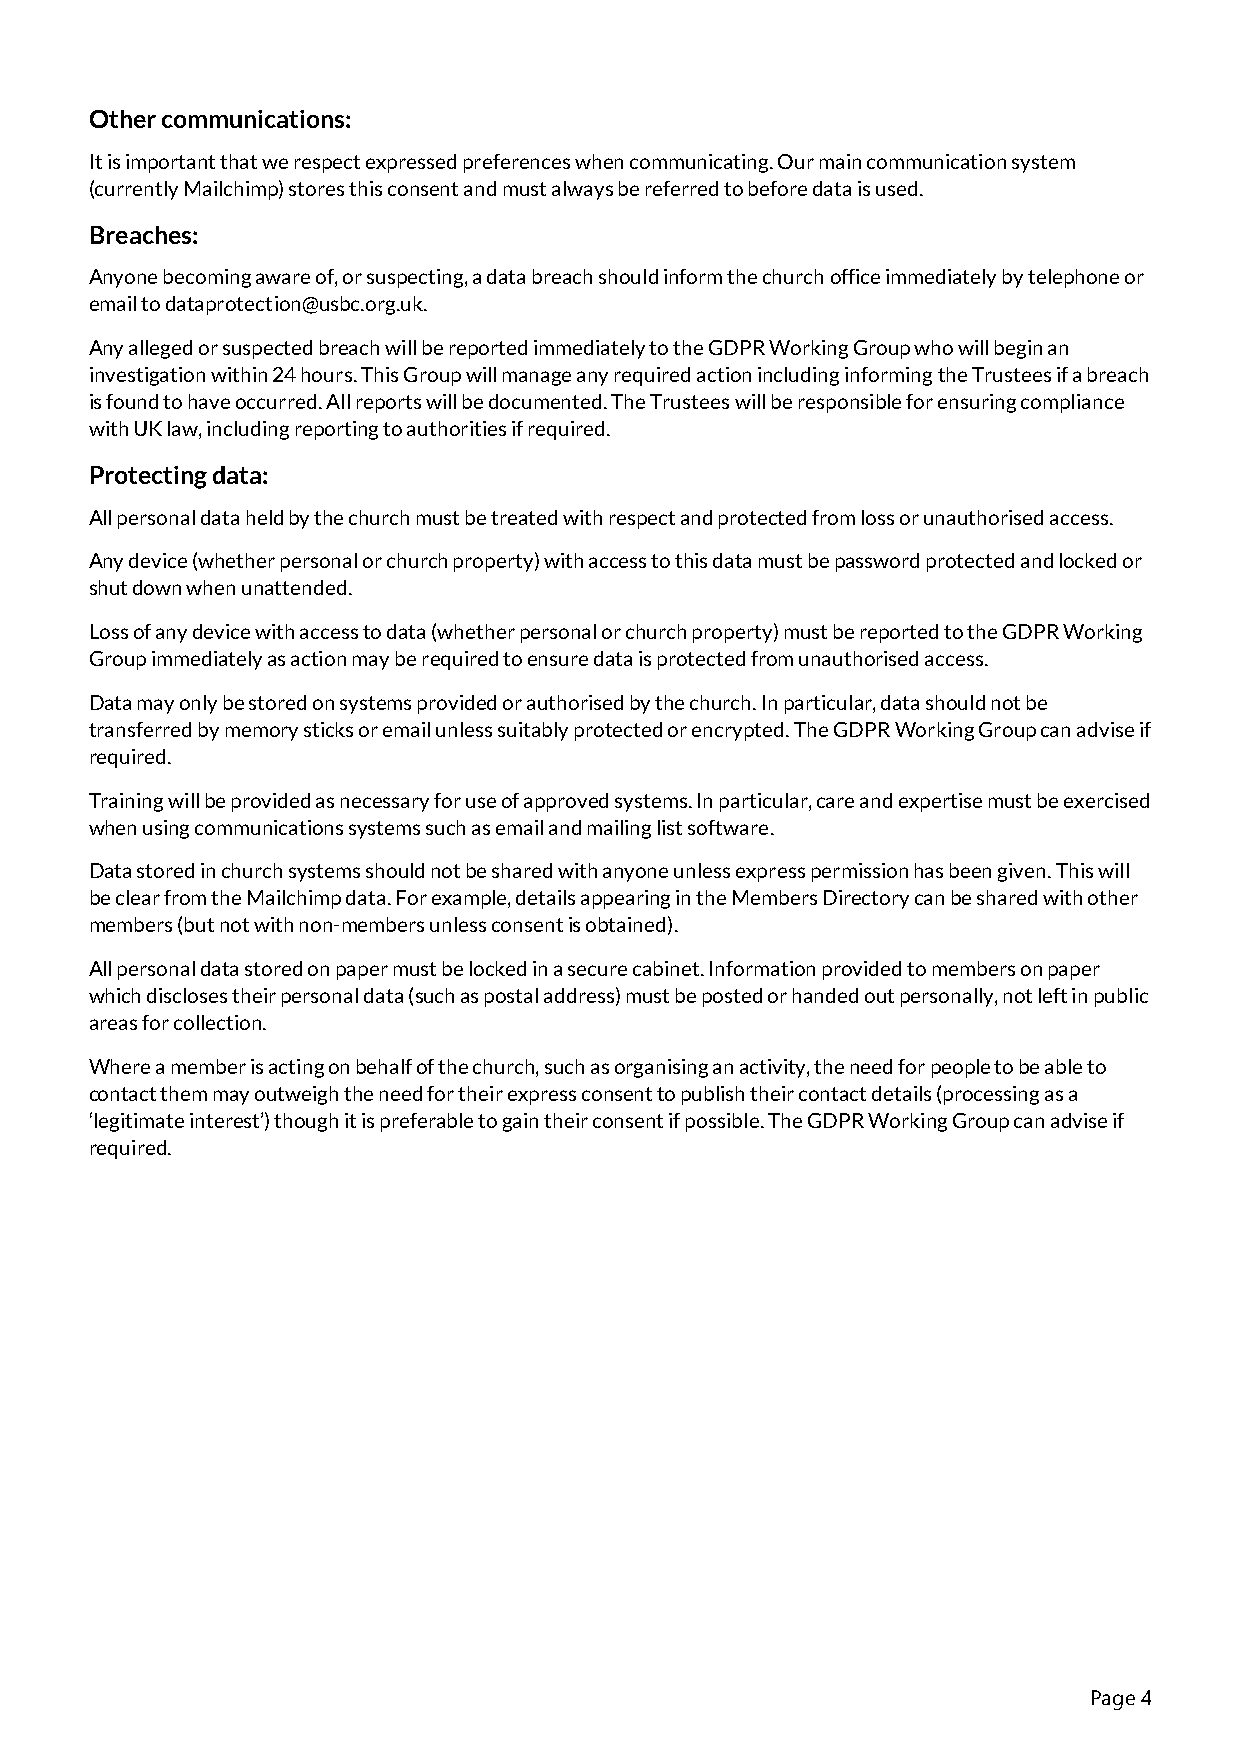
Other communications:
 It is important that we respect expressed preferences when communicating. Our main communication system
 (currently Mailchimp) stores this consent and must always be referred to before data is used.
 Breaches:
 Anyone becoming aware of, or suspecting, a data breach should inform the church office immediately by telephone or
 email to dataprotection@usbc.org.uk.
 Any alleged or suspected breach will be reported immediately to the GDPR Working Group who will begin an
 investigation within 24 hours. This Group will manage any required action including informing the Trustees if a breach
 is found to have occurred. All reports will be documented. The Trustees will be responsible for ensuring compliance
 with UK law, including reporting to authorities if required.
 Protecting data:
 All personal data held by the church must be treated with respect and protected from loss or unauthorised access.
 Any device (whether personal or church property) with access to this data must be password protected and locked or
 shut down when unattended.
 Loss of any device with access to data (whether personal or church property) must be reported to the GDPR Working
 Group immediately as action may be required to ensure data is protected from unauthorised access.
 Data may only be stored on systems provided or authorised by the church. In particular, data should not be
 transferred by memory sticks or email unless suitably protected or encrypted. The GDPR Working Group can advise if
 required.
 Training will be provided as necessary for use of approved systems. In particular, care and expertise must be exercised
 when using communications systems such as email and mailing list software.
 Data stored in church systems should not be shared with anyone unless express permission has been given. This will
 be clear from the Mailchimp data. For example, details appearing in the Members Directory can be shared with other
 members (but not with non-members unless consent is obtained).
 All personal data stored on paper must be locked in a secure cabinet. Information provided to members on paper
 which discloses their personal data (such as postal address) must be posted or handed out personally, not left in public
 areas for collection.
 Where a member is acting on behalf of the church, such as organising an activity, the need for people to be able to
 contact them may outweigh the need for their express consent to publish their contact details (processing as a
 ‘legitimate interest’) though it is preferable to gain their consent if possible. The GDPR Working Group can advise if
 required.
 Page 4